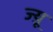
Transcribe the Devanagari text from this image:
ज्य़ू